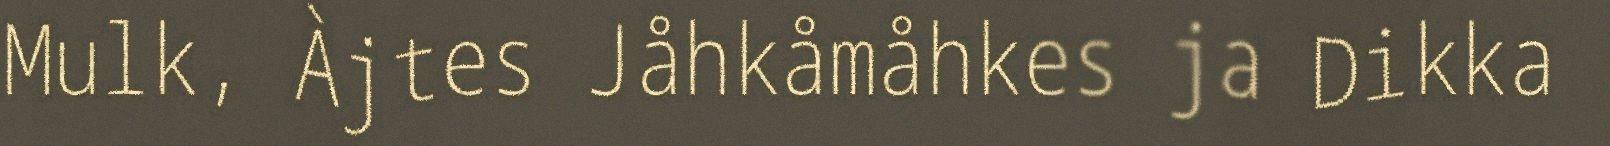
Mulk, Àjtes Jåhkåmåhkes ja Dikka